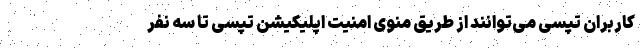
کاربران تپسی می‌توانند از طریق منوی امنیت اپلیکیشن تپسی تا سه نفر